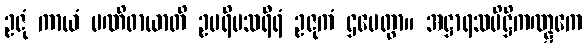
ဥဇုံ ကာယံ ပဏိဓာယာတိ ဥပရိမသရီရံ ဥဇုကံ ဌပေတွာ။ အဋ္ဌာရသပိဋ္ဌိကဏ္ဋကေ